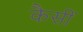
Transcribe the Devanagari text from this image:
कैसीं